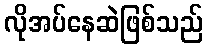
လိုအပ်နေဆဲဖြစ်သည်